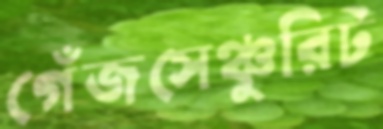
গেঁজসেঞ্চুরিট